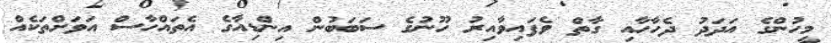
މީހުންގެ އަދަދު ދެހާހާއި ގާތް ވެފައިވާއިރު ހޫނުގެ ސަބަބުން އިންޑިއާގެ އެތައްހާސް އަވަށްތަކެއް